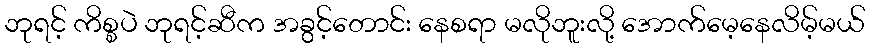
ဘုရင့် ကိစ္စပဲ ဘုရင့်ဆီက အခွင့်တောင်း နေစရာ မလိုဘူးလို့ အောက်မေ့နေလိမ့်မယ်